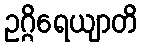
ဥဂ္ဂိရေယျာတိ